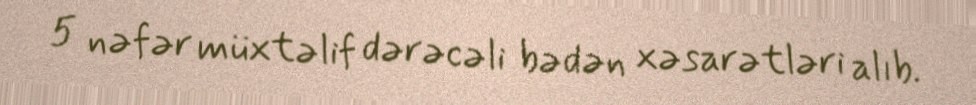
5 nəfər müxtəlif dərəcəli bədən xəsarətləri alıb.